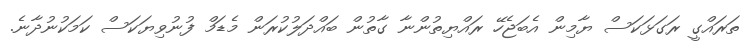
ތަރައްގީ ރަގަޅަކަސް ޔާމިން އެބަޖެހޭ ރައްޔިތުންނާ ގާތުން ބައްދަލުކުރަން މެޑަމް ފުނުވިޔަކަސް ކަމަކުނުދާނެ.